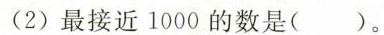
(2)最接近1000的数是()。